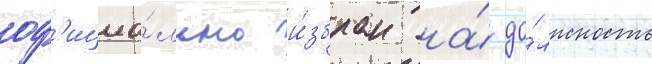
оф'ициа́льно и́збран на́ до́лжность